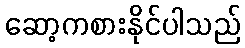
ဆော့ကစားနိုင်ပါသည်